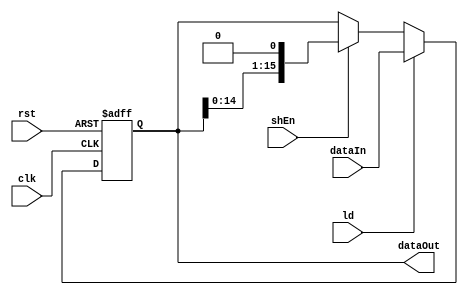
module shiftReg(clk, shEn, ld, rst, dataIn, dataOut);
    input clk, shEn, ld, rst;
    input [15:0] dataIn;
    output [15:0] dataOut;
    reg [15:0] data;
    
    always @(posedge clk, posedge rst) begin
        if (rst) 
            data = 16'b0;
        else if (ld) 
            data = dataIn;
        else if (shEn) 
            data = data << 1;
    end

    assign dataOut = data;

endmodule